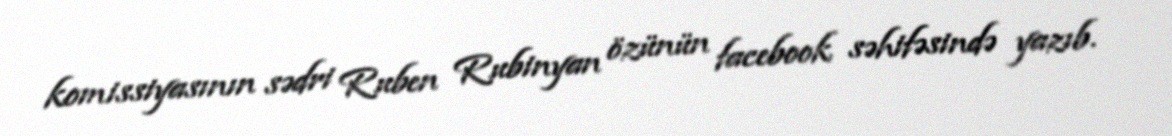
komissiyasının sədri Ruben Rubinyan özünün facebook səhifəsində yazıb.